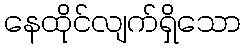
နေထိုင်လျက်ရှိသော